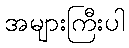
အများကြီးပါ